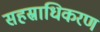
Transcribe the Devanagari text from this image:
सहस्राधिकरण